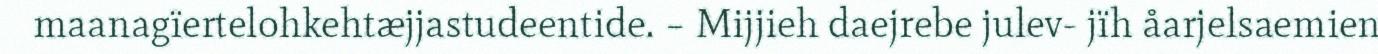
maanagïertelohkehtæjjastudeentide. – Mijjieh daejrebe julev- jïh åarjelsaemien